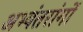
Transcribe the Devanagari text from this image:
अभ्यंतरांगों